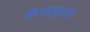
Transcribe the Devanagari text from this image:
शिन्दज़ुआनी